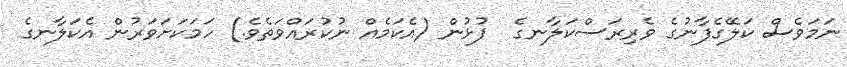
ނަމަވެސް ކަލޭގެފާނުގެ ވެރިރަސްކަލާނގެ  ފުޅުން (އެކަމެއް ނުކުރައްވަތެވެ.) ހަމަކަށަވަރުން އެކަލާނގެ